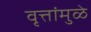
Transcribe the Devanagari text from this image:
वृत्तांमुळे